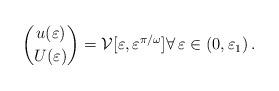
LaTeX: \begin{align*} \binom{u(\varepsilon)}{U(\varepsilon)} = \mathcal{V}[\varepsilon, \varepsilon^{\pi/\omega}] \forall\, \varepsilon\in(0,\varepsilon_1)\,.\end{align*}